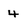
Character: 4